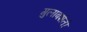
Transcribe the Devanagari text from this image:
गुलाबशेती